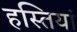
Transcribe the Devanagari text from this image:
हस्‍तियां